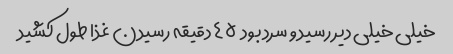
خیلی خیلی دیر رسید و سرد بود  ٤٥ دقیقه رسیدن غذا طول کشید